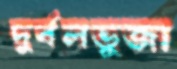
দুর্বলভুজা